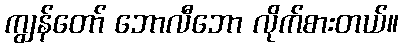
ကျွန်တော် ဘောလီဘော လိုက်စားတယ်။